画像に写った文字を読んでください
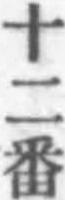
「十二番」と書いてあります